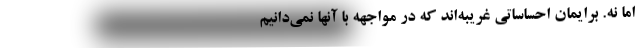
اما نه. برایمان احساساتی غریبه‌اند که در مواجهه با آنها نمی‌دانیم